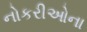
નોકરીઓના